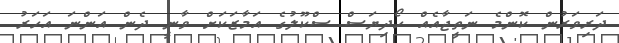
ދަރިވަރުން ކޮންމެ ނަތީޖާއެއް ހޯދިޔަސް ސްކޫލުގެ އަމާޒަކަށް ވާނީ ދެން އަންނަ އަހަރު